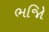
ભજિો